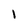
Character: 1